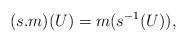
LaTeX: \begin{align*}(s.m)(U)= m(s^{-1}(U)), \end{align*}